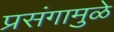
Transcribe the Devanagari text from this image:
प्रसंगामुळे